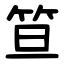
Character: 笪